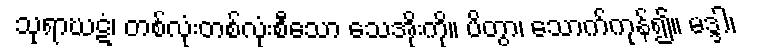
သုရာဃဋံ၊ တစ်လုံးတစ်လုံးစီသော သေအိုးကို။ ပိတွာ၊ သောက်ကုန်၍။ မဒ္ဒါ၊